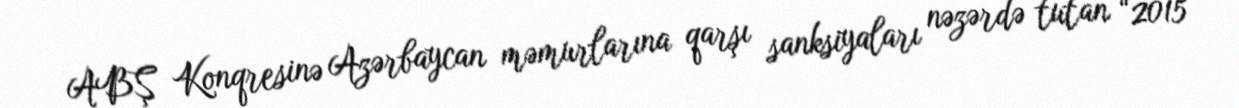
ABŞ Konqresinə Azərbaycan məmurlarına qarşı sanksiyaları nəzərdə tutan “2015